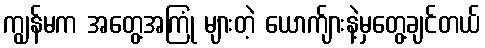
ကျွန်မက အတွေ့အကြုံ များတဲ့ ယောက်ျားနဲ့မှတွေ့ချင်တယ်